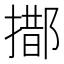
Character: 𨝨